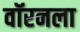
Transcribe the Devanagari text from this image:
वॉरनला